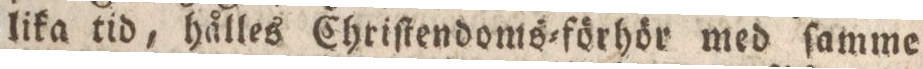
lika tid, hålles Chriſtendoms=förhör med ſamme